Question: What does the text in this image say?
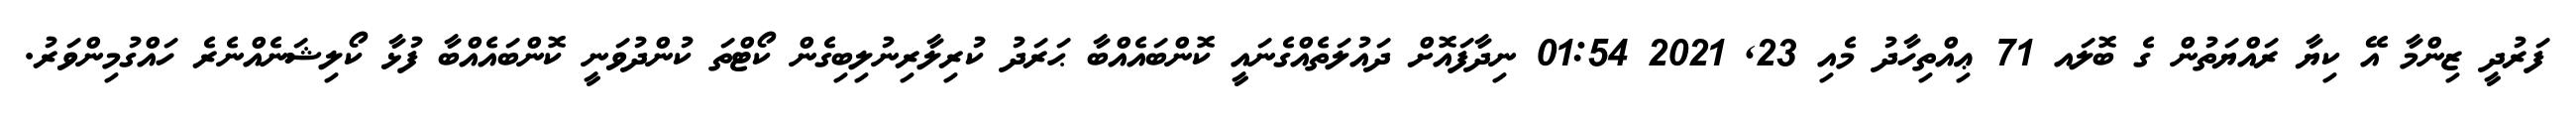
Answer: ފަރުދީ ޒިންމާ އޭ ކިޔާ ރައްޔަތުން ގެ ބޮލައ 71 ޢިއްތިހާދު މެއި 23, 2021 01:54 ނިދާފައޮށް ދައުލަތެއްގެނައީ ކޮންބައެއްބާ ޙަރަދު ކުރިލާރިނުލިބިގެން ކޯޓްތަ ކުންދުވަނީ ކޮންބައެއްބާ ފުޅާ ކޯލިޝަނެއްނެރެ ހައްގުމިންވަރު.